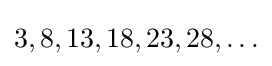
3,8,13,18,23,28,\ldots